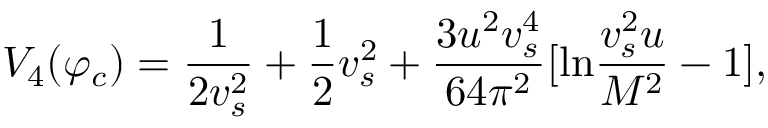
V _ { 4 } ( \varphi _ { c } ) = \frac { 1 } { 2 v _ { s } ^ { 2 } } + \frac { 1 } { 2 } v _ { s } ^ { 2 } + \frac { 3 u ^ { 2 } v _ { s } ^ { 4 } } { 6 4 \pi ^ { 2 } } [ \mathrm { l n } \frac { v _ { s } ^ { 2 } u } { M ^ { 2 } } - 1 ] ,